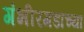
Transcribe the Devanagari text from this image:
गंभीरगडाच्या